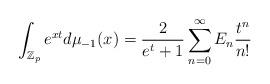
LaTeX: \begin{align*}\int_{\mathbb{Z}_p} e^{xt} d\mu_{-1} (x) = \frac{2}{e^t+1} \sum_{n=0}^\infty E_n \frac{t^n}{n!}\end{align*}